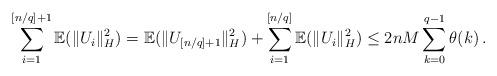
LaTeX: \begin{align*}\sum_{i=1}^{[n/q]+1}{\mathbb E}(\|U_i\|_H^2)={\mathbb E}(\|U_{[n/q]+1}\|_H^2) +\sum_{i=1}^{[n/q]}{\mathbb E}(\|U_i\|_H^2)\leq 2nM\sum_{k=0}^{q-1} \theta (k)\, .\end{align*}